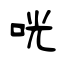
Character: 咣